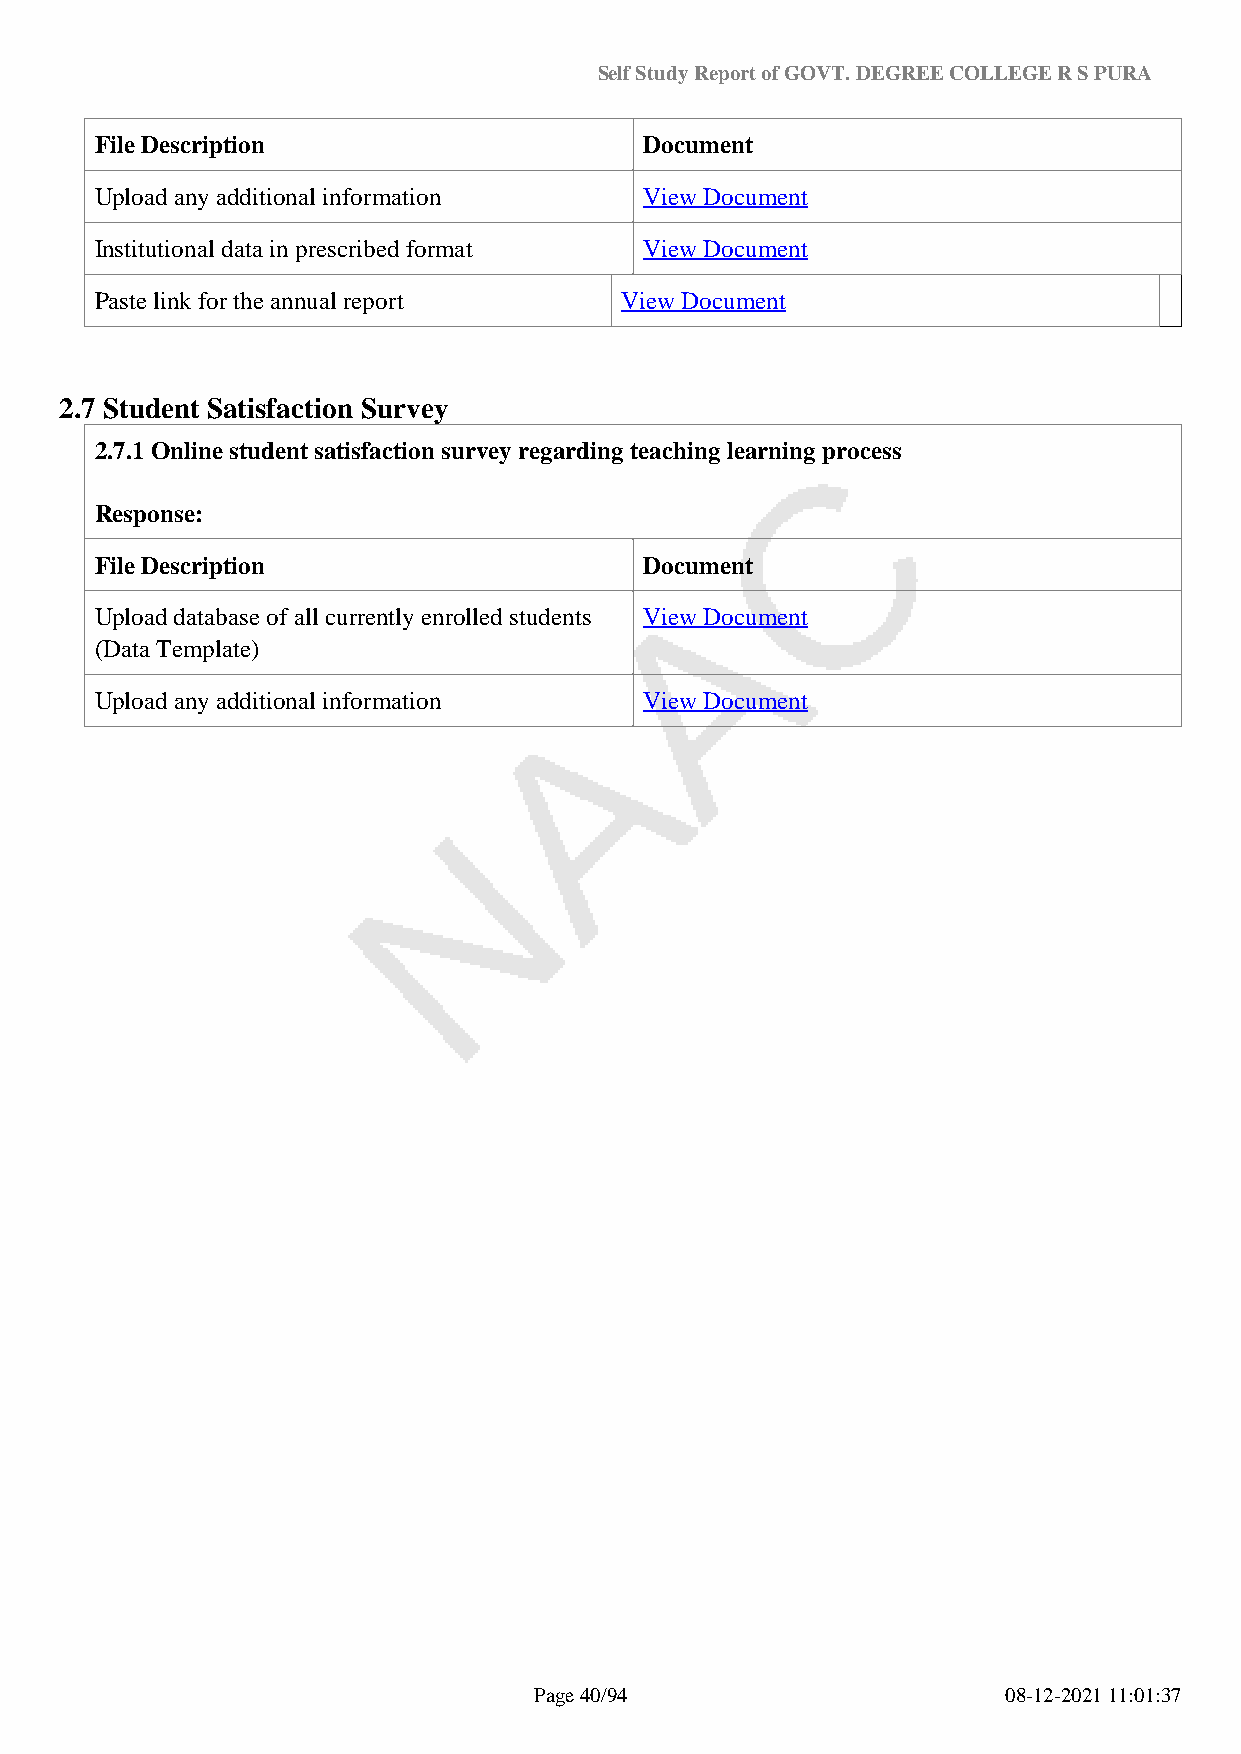
Self Study Report of GOVT. DEGREE COLLEGE R S PURA
 File Description                     Document
 Upload any additional information    View Document
 Institutional data in prescribed format View Document
 Paste link for the annual report   View Document
 2.7 Student Satisfaction Survey
 2.7.1 Online student satisfaction survey regarding teaching learning process
 Response:
 File Description                     Document
 Upload database of all currently enrolled students View Document
 (Data Template)
 Upload any additional information    View Document
 Page 40/94                      08-12-2021 11:01:37